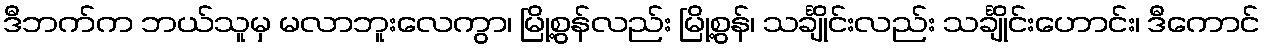
ဒီဘက်က ဘယ်သူမှ မလာဘူးလေကွာ၊ မြို့စွန်လည်း မြို့စွန်၊ သင်္ချိုင်းလည်း သင်္ချိုင်းဟောင်း၊ ဒီကောင်